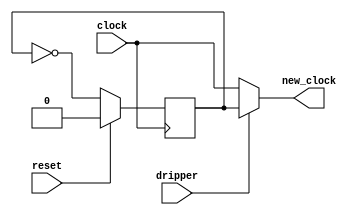
module water_level_clock_controller(
    output new_clock,

    input dripper,
    input clock,
	 input reset
);
	
	reg dripper_clock;
	
	always @(posedge clock) begin
		if (reset) dripper_clock <= 0;
		else dripper_clock <= !dripper_clock;
	end
	
    assign new_clock = (dripper)? dripper_clock : clock;
endmodule


module water_level_controller (
    output [2:0] count,

    input upper,
    input clock,
    input reset
);

    reg [2:0] state, next_state;

    always @(posedge clock, posedge reset)
    if (reset) state <= 4'b000;
    else state <= next_state;


    always @(*)
    case (state)
        4'b000:
            if (upper) next_state <= state + 1;
            else next_state <= state;
        4'b111:
            if (!upper) next_state <= state - 1;
            else next_state <= state;
        default:
            if (upper) next_state <= state + 1;
            else next_state <= state - 1;
    endcase

    assign count = state;

endmodule